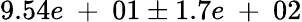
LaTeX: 9.54e\mathrm{~+~}01\pm 1.7e\mathrm{~+~}02